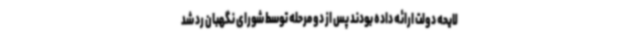
لایحه دولت ارائه داده بودند پس از دو مرحله توسط شورای نگهبان رد شد